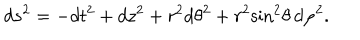
d s ^ { 2 } = - d t ^ { 2 } + d z ^ { 2 } + r ^ { 2 } d { \theta } ^ { 2 } + r ^ { 2 } { \sin } ^ { 2 } \theta \, d { \varphi } ^ { 2 } .